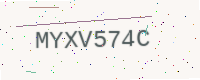
Text: MYXV574C